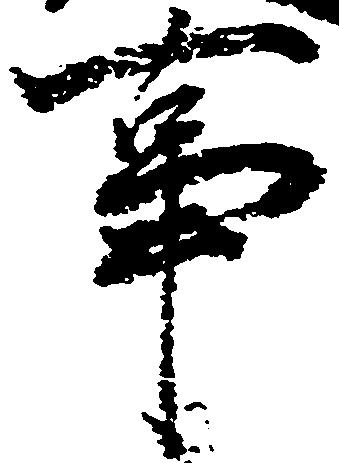
事